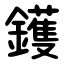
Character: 鑊